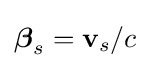
{\boldsymbol {\beta }}_{s}=\mathbf {v} _{s}/c